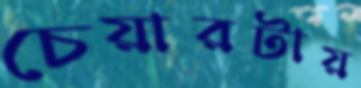
চেয়ারটায়